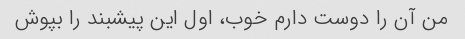
من آن را دوست دارم خوب، اول این پیشبند را بپوش